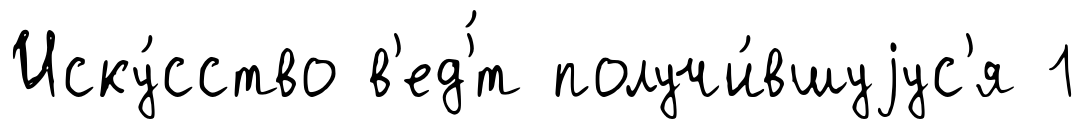
Иску́сство в'ед'́т получи́вшуjус'я 1